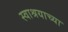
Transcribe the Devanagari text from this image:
स्वाश्रयाच्या